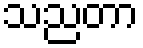
သညတာ